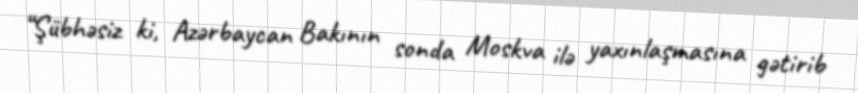
“Şübhəsiz ki, Azərbaycan Bakının sonda Moskva ilə yaxınlaşmasına gətirib